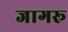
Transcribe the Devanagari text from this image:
जागरू